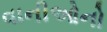
વાનીઓનો